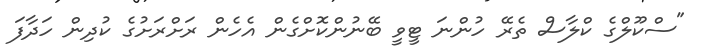
"ސްކޫލްގެ ކްލާސް ތެރޭ ހުންނަ ޓީވީ ބޭނުންކޮށްގެން އެހެން ރަށްރަށުގެ ކުދިން ހަދާފަ